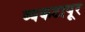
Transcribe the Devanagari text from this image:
व्यंकटापूर